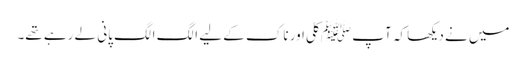
میں نے دیکھا کہ آپ ﷺ کلی اور ناک کے لیے الگ الگ پانی لے رہے تھے۔